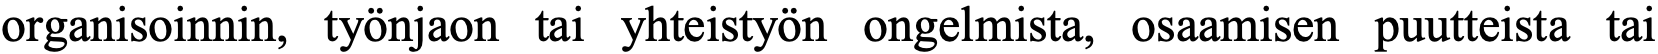
organisoinnin, työnjaon tai yhteistyön ongelmista, osaamisen puutteista tai